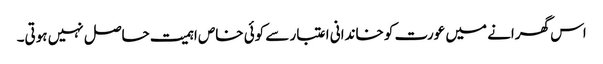
اس گھرانے میں عورت کو خاندانی اعتبار سے کوئی خاص اہمیت حاصل نہیں ہوتی۔